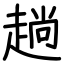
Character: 趟